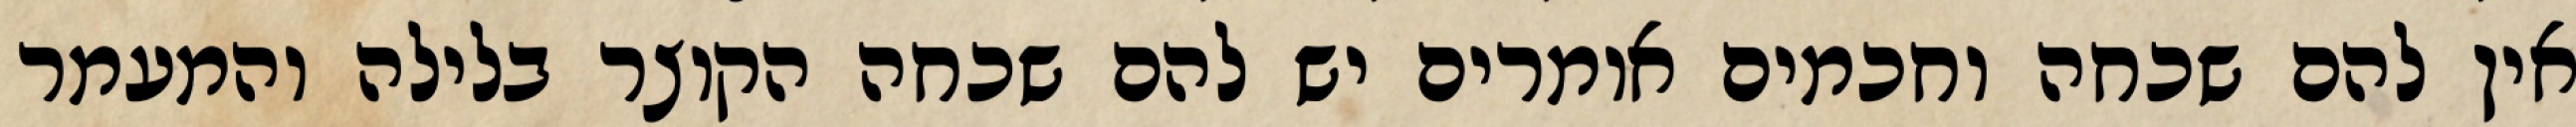
אין להם שכחה וחכמים אומרים יש להם שכחה הקוצר בלילה והמעמר